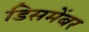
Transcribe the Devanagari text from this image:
डिसमेंबर